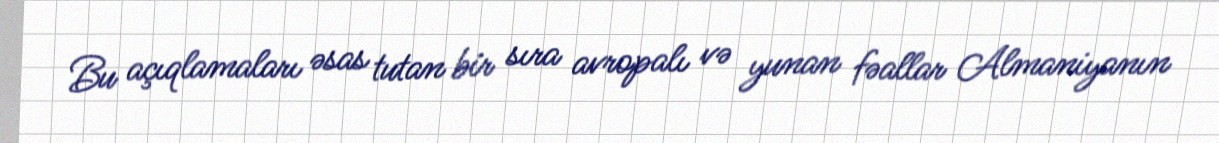
Bu açıqlamaları əsas tutan bir sıra avropalı və yunan fəallar Almaniyanın